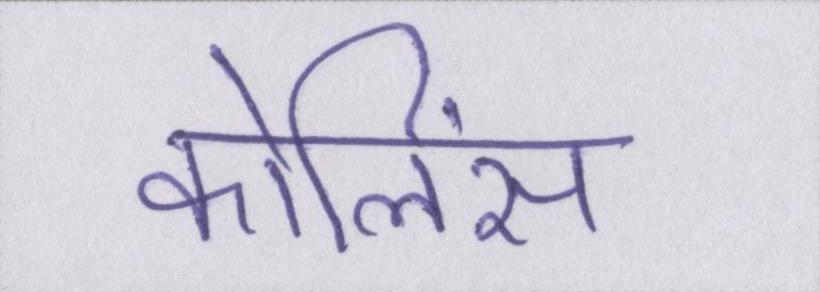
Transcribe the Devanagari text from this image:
कोलिंस